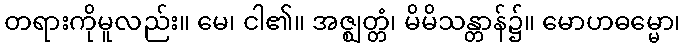
တရားကိုမူလည်း။ မေ၊ ငါ၏။ အဇ္ဈတ္တံ၊ မိမိသန္တာန်၌။ မောဟဓမ္မော၊